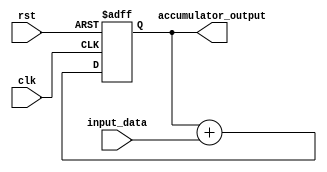
module accumulator (
    input wire clk,
    input wire rst,
    input wire signed [15:0] input_data,
    output reg signed [31:0] accumulator_output
);

reg signed [31:0] accumulator_reg;

always @(posedge clk or posedge rst) begin
    if (rst) begin
        accumulator_reg <= 0;
    end else begin
        accumulator_reg <= accumulator_reg + input_data;
    end
end

assign accumulator_output = accumulator_reg;

endmodule